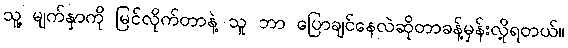
သူ့ မျက်နှာကို မြင်လိုက်တာနဲ့ သူ ဘာ ပြောချင်နေလဲဆိုတာခန့်မှန်းလို့ရတယ်။